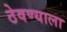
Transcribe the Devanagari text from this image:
ठेवण्याला